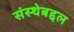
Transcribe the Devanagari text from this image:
संस्थेबद्दल